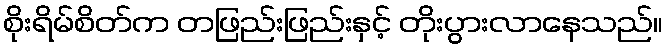
စိုးရိမ်စိတ်က တဖြည်းဖြည်းနှင့် တိုးပွားလာနေသည်။